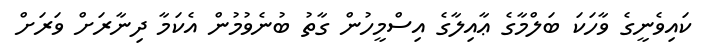
ކައިވެނީގެ ވާހަކަ ބަލްމާގެ ޢާއިލާގެ އިސްމީހުން ގާތު ބުނެވުމުން އެކަމާ ދިނާރަށް ވަރަށް